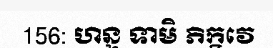
156: ហន្ទ ទាមិ ភិក្ខវេ